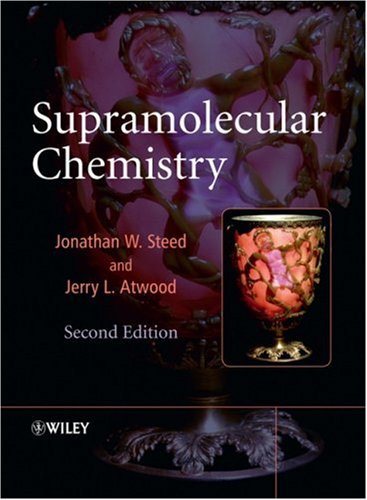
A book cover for Supramolecular Chemistry; Jonathan W. Steed; Science & Math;